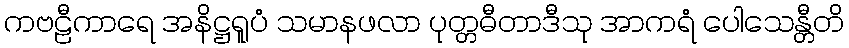
ကဗဠီကာရေ အနိဋ္ဌရူပံ သမာနဖလာ ပုတ္တဓီတာဒီသု အာကရံ ပေါသေန္တီတိ